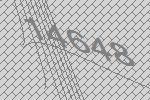
14648